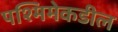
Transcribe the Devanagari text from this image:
पश्मिमेकडील